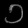
Digit: ၁